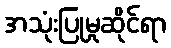
အသုံးပြုမှုဆိုင်ရာ